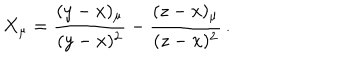
X _ { \mu } = \frac { ( y - x ) _ { \mu } } { ( y - x ) ^ { 2 } } - \frac { ( z - x ) _ { \mu } } { ( z - x ) ^ { 2 } } \, .